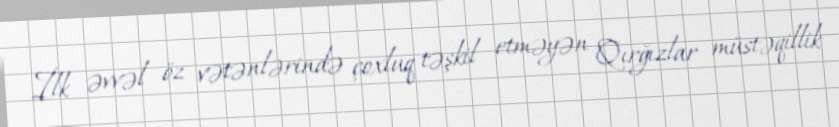
İlk əvvəl öz vətənlərində çoxluq təşkil etməyən Qırğızlar müstəqillik